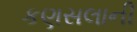
કણસલાની